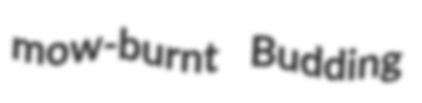
mow-burnt Budding